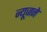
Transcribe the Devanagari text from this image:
न्यूजने